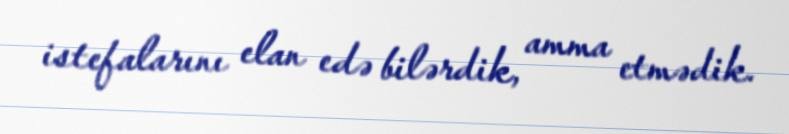
istefalarını elan edə bilərdik, amma etmədik.